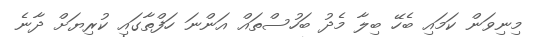
މިނިވަން ކަމައި ބެހޭ ބިލާ މެދު ބަހުސްތައް އަންނަ ހަފްތާގައި ކުރިޔަށް ދާނެ